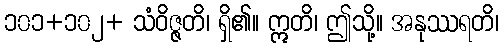
၁၀၁+၁၀၂+ သံဝိဇ္ဇတိ၊ ရှိ၏။ ဣတိ၊ ဤသို့။ အနုဿရတိ၊